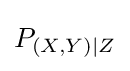
P_{(X,Y)|Z}